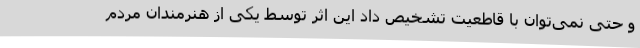
و حتی نمی‌توان با قاطعیت تشخیص داد این اثر توسط یکی از هنرمندان مردم